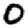
Digit: 0